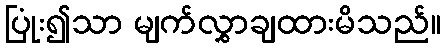
ပြုံး၍သာ မျက်လွှာချထားမိသည်။